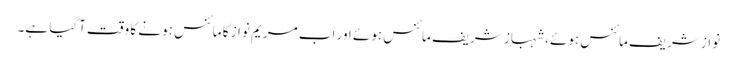
نواز شریف مائنس ہوئے، شہباز شریف مائنس ہوئے اور اب مریم نواز کا مائنس ہونے کا وقت آگیا ہے۔